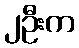
၂ဦးက